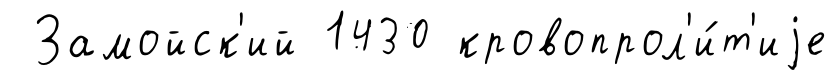
Замойск'ий 1430 кровопрол'и́т'иjе